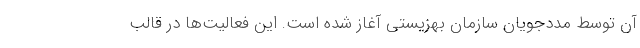
آن توسط مددجویان سازمان بهزیستی آغاز شده است. این فعالیت‌ها در قالب